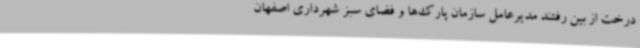
درخت از بین رفتند مدیرعامل سازمان پارک‌ها و فضای سبز شهرداری اصفهان